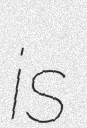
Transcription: is